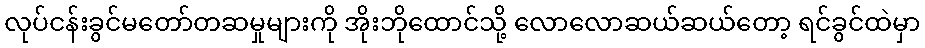
လုပ်ငန်းခွင်မတော်တဆမှုများကို အိုးဘိုထောင်သို့ လောလောဆယ်ဆယ်တော့ ရင်ခွင်ထဲမှာ